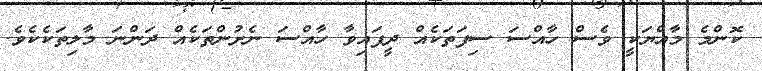
ކޮންމެ މާއްޔަކީ ވެސް ހާއްސަ ސިފަތަކެއް ދީފައިވާ ހާއްސަ ނެށުންތަކެއް ދަންނަ މާލިތަކެކެވެ.